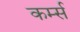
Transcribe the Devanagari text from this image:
कर्म्स